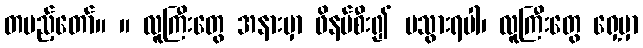
တပည့်တော်။ ။ လူကြီးတွေ အနားမှာ ဖိနပ်စီး၍ မသွားရပါ၊ လူကြီးတွေ ရှေ့မှာ